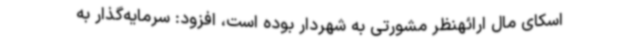
اسکای مال ارائهنظر مشورتی به شهردار بوده است، افزود: سرمایه‌گذار به